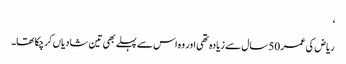
‘
ریاض کی عمر 50 سال سے زیادہ تھی اور وہ اس سے پہلے بھی تین شادیاں کرچکا تھا۔